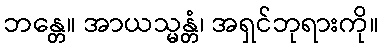
ဘန္တေ။ အာယသ္မန္တံ၊ အရှင်ဘုရားကို။